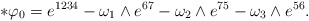
\begin{align*}\ast \varphi_0 = e^{1234}-\omega_1\wedge e^{67} -\omega_2\wedge e^{75} -\omega_3\wedge e^{56} .\end{align*}